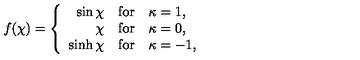
f ( \chi ) = \left\{ \begin{array} { r l l } { \sin \chi } & { \mathrm { f o r } } & { \kappa = 1 , } \\ { \chi } & { \mathrm { f o r } } & { \kappa = 0 , } \\ { \sinh \chi } & { \mathrm { f o r } } & { \kappa = - 1 , } \\ \end{array} \right.